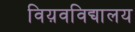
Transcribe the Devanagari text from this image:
विय़वविद्यालय